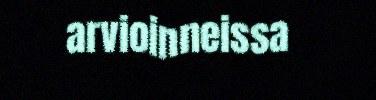
arvioinneissa